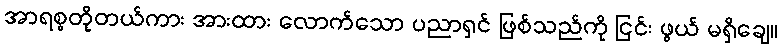
အာရစ္စတိုတယ်ကား အားထား လောက်သော ပညာရှင် ဖြစ်သည်ကို ငြင်း ဖွယ် မရှိချေ။